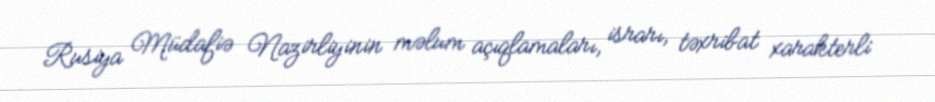
Rusiya Müdafiə Nazirliyinin məlum açıqlamaları, israrı, təxribat xarakterli